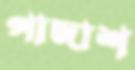
পাঙ্গাশ